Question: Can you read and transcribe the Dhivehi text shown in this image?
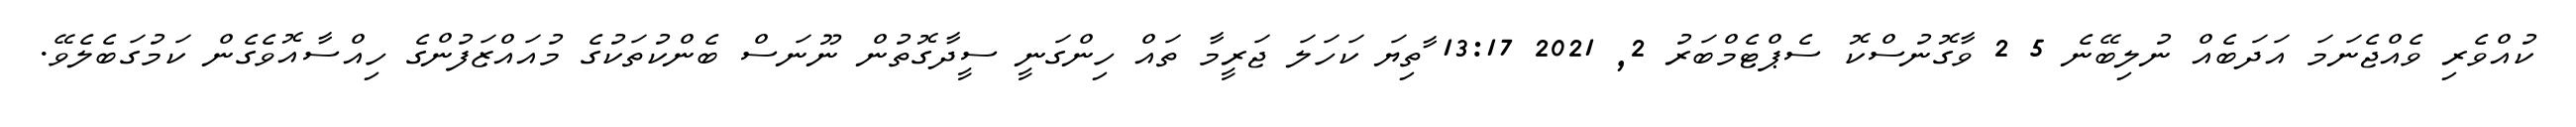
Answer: ކުއްވެރި ވެއްޖެނަމަ އަދަބެއް ނުލިބޭނެ 5 2 ވާގޮނުސްކޮ ސެޕްޓެމްބަރު 2, 2021 13:17 ާތިޔަ ކަހަލަ ޖަރީމާ ތައް ހިންގަނީ ސީދާގޮތުން ނޫނަސް ބެންކުތަކުގެ މުއައްޒަފުންގެ ހިއްސާއޮވެގެން ކަމުގަބެލެވޭ.